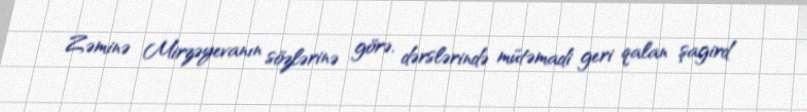
Zəminə Mirzəyevanın sözlərinə görə, dərslərində mütəmadi geri qalan şagird